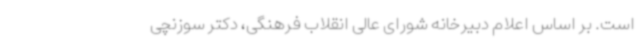
است. بر اساس اعلام دبیرخانه شورای عالی انقلاب فرهنگی، دکتر سوزنچی